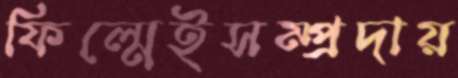
ফিল্মেইসম্প্রদায়